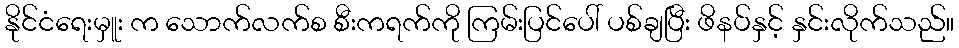
နိုင်ငံရေးမှူး က သောက်လက်စ စီးကရက်ကို ကြမ်းပြင်ပေါ် ပစ်ချပြီး ဖိနပ်နှင့် နှင်းလိုက်သည်။